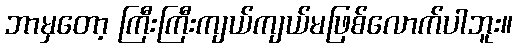
ဘာမှတော့ ကြီးကြီးကျယ်ကျယ်မဖြစ်လောက်ပါဘူး။